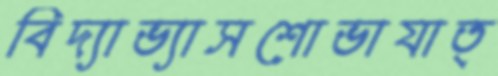
বিদ্যাভ্যাসশোভাযাত্